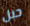
حبل